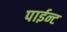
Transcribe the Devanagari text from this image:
पाईन्ट